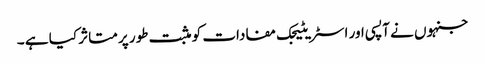
جنہوں نے آپسی اور اسٹریٹیجک مفادات کو مثبت طور پر متاثر کیا ہے ۔